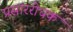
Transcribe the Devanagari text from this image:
प्रसाररोधक